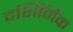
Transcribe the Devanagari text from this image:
दर्शिनिक